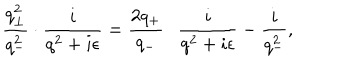
LaTeX: \frac { q _ { \bot } ^ { 2 } } { q _ { - } ^ { 2 } } \cdot \frac { i } { q ^ { 2 } + i { \epsilon } } = \frac { 2 q _ { + } } { q _ { - } } \cdot \frac { i } { q ^ { 2 } + i { \epsilon } } - \frac { i } { q _ { - } ^ { 2 } } ,